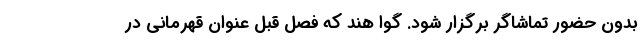
بدون حضور تماشاگر برگزار شود. گوا هند که فصل قبل عنوان قهرمانی در